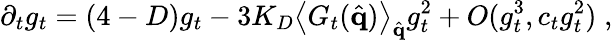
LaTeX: \partial_{t}g_{t}=(4-D)g_{t}-3K_{D}\left\langle G_{t}(\hat{\mathbf{q}})\right\rangle_{\hat{\mathbf{q}}}g_{t}^{2}+O(g_{t}^{3},c_{t}g_{t}^{2})\; ,